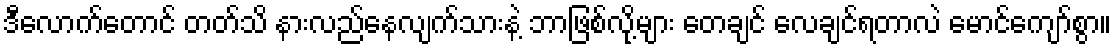
ဒီလောက်တောင် တတ်သိ နားလည်နေလျက်သားနဲ့ ဘာဖြစ်လို့များ တေချင် လေချင်ရတာလဲ မောင်ကျော်စွာ။